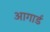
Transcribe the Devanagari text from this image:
आगार्ड